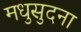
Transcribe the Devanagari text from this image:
मधुसुदना